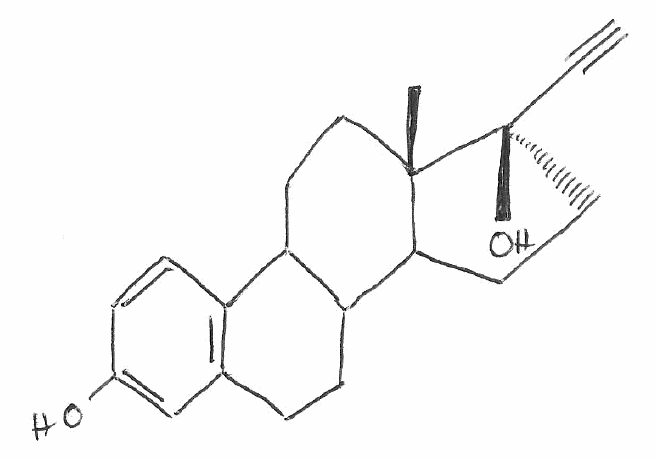
Simplified molecular-input line-entry system (SMILES) notation of the given molecule:
C[C@]12CCC3C(C1CC[C@]2(C#C)O)CCC4=C3C=CC(=C4)O